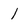
Character: 1